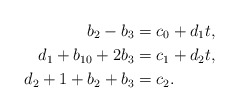
\begin{align*} b_2 - b_3 &= c_0 + d_1 t, \\ d_1 + b_{10} + 2 b_3 &= c_1 + d_2 t, \\ d_2 + 1 + b_2 + b_3 &= c_2.\end{align*}